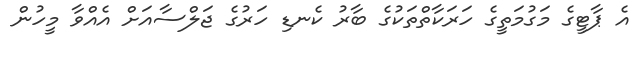
އެ ޕާޓީގެ މަގުމަތީގެ ހަރަކާތްތަކުގެ ބާރު ކެނޑި ހަރުގެ ޖަލްސާއަށް އެއްވާ މީހުން